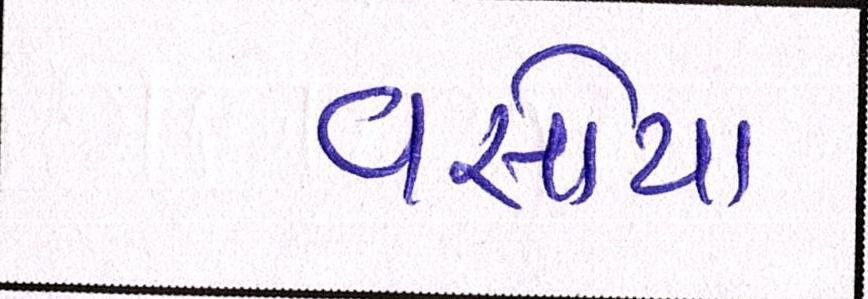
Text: વસોયા